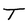
Character: T